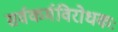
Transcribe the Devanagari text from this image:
सर्वकर्मविरोधकः